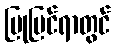
ပြုပြင်ရာတွင်